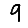
Digit: 9